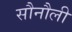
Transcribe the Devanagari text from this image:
सौनौली